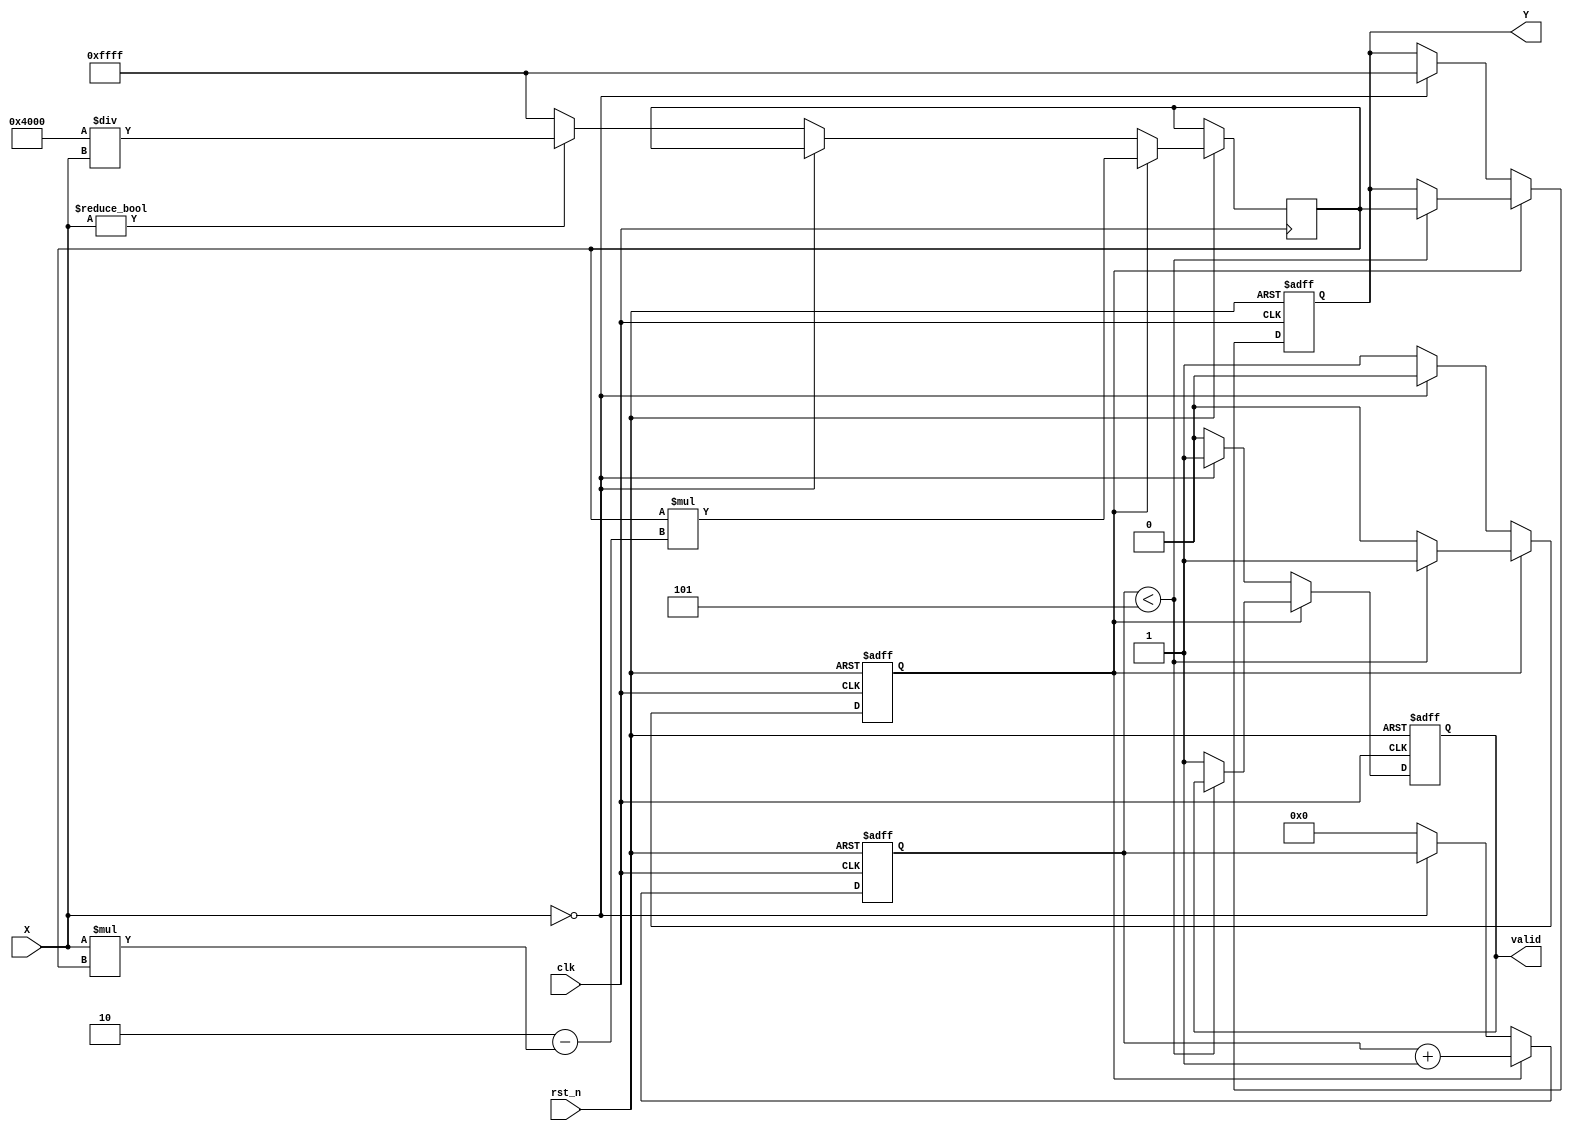
module BinaryFractionalReciprocal #(
    parameter WIDTH = 16,         // Input/Output bit width
    parameter ERROR_VALUE = 16'hFFFF  // Error output for zero input
)(
    input wire clk,               // Clock signal
    input wire rst_n,             // Active low reset signal
    input wire [WIDTH-1:0] X,     // Input binary fractional value
    output reg [WIDTH-1:0] Y,     // Output reciprocal value
    output reg valid               // Indicates valid output
);

    // Internal states
    reg [WIDTH-1:0] guess;       // Current guess for the reciprocal
    reg [4:0] iteration;          // Iteration counter
    reg computing;                // State flag for computing

    // Initial guess based on input value
    function [WIDTH-1:0] initial_guess;
        input [WIDTH-1:0] x;
        begin
            if (x != 0)
                initial_guess = {1'b1, {WIDTH-2{1'b0}}} / x; // Example rough estimate
            else
                initial_guess = ERROR_VALUE; // Handle zero input
        end
    endfunction

    // Newton-Raphson iteration process
    always @(posedge clk or negedge rst_n) begin
        if (!rst_n) begin
            Y <= 0;
            valid <= 0;
            computing <= 0;
            iteration <= 0;
        end else begin
            if (!computing) begin
                if (X == 0) begin
                    Y <= ERROR_VALUE; // Set to error value for zero input
                    valid <= 1;
                end else begin
                    guess <= initial_guess(X);
                    iteration <= 0;
                    computing <= 1;
                    valid <= 0;
                end
            end else if (computing) begin
                // Perform the Newton-Raphson iteration
                guess <= guess * (2 - X * guess);
                iteration <= iteration + 1;

                if (iteration < 5) begin // Limit number of iterations for stability
                    Y <= guess; // Update the output with current guess
                end else begin
                    computing <= 0; // Completed iterations
                    valid <= 1; // Signal valid output
                end
            end
        end
    end

endmodule